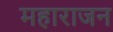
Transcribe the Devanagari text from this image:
महाराजन